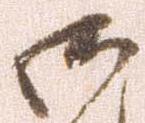
御